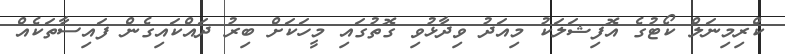
ކްރިމިނަލް ކޯޓުގެ އޮފިޝަލަކު މިއަދު ވިދާޅުވި ގޮތުގައި މީހަކަށް ބިރު ދައްކައިގެން ފައިސާތަކެއް